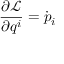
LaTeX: { \frac { \partial { \mathcal { L } } } { \partial q ^ { i } } } = { \dot { p } } _ { i }